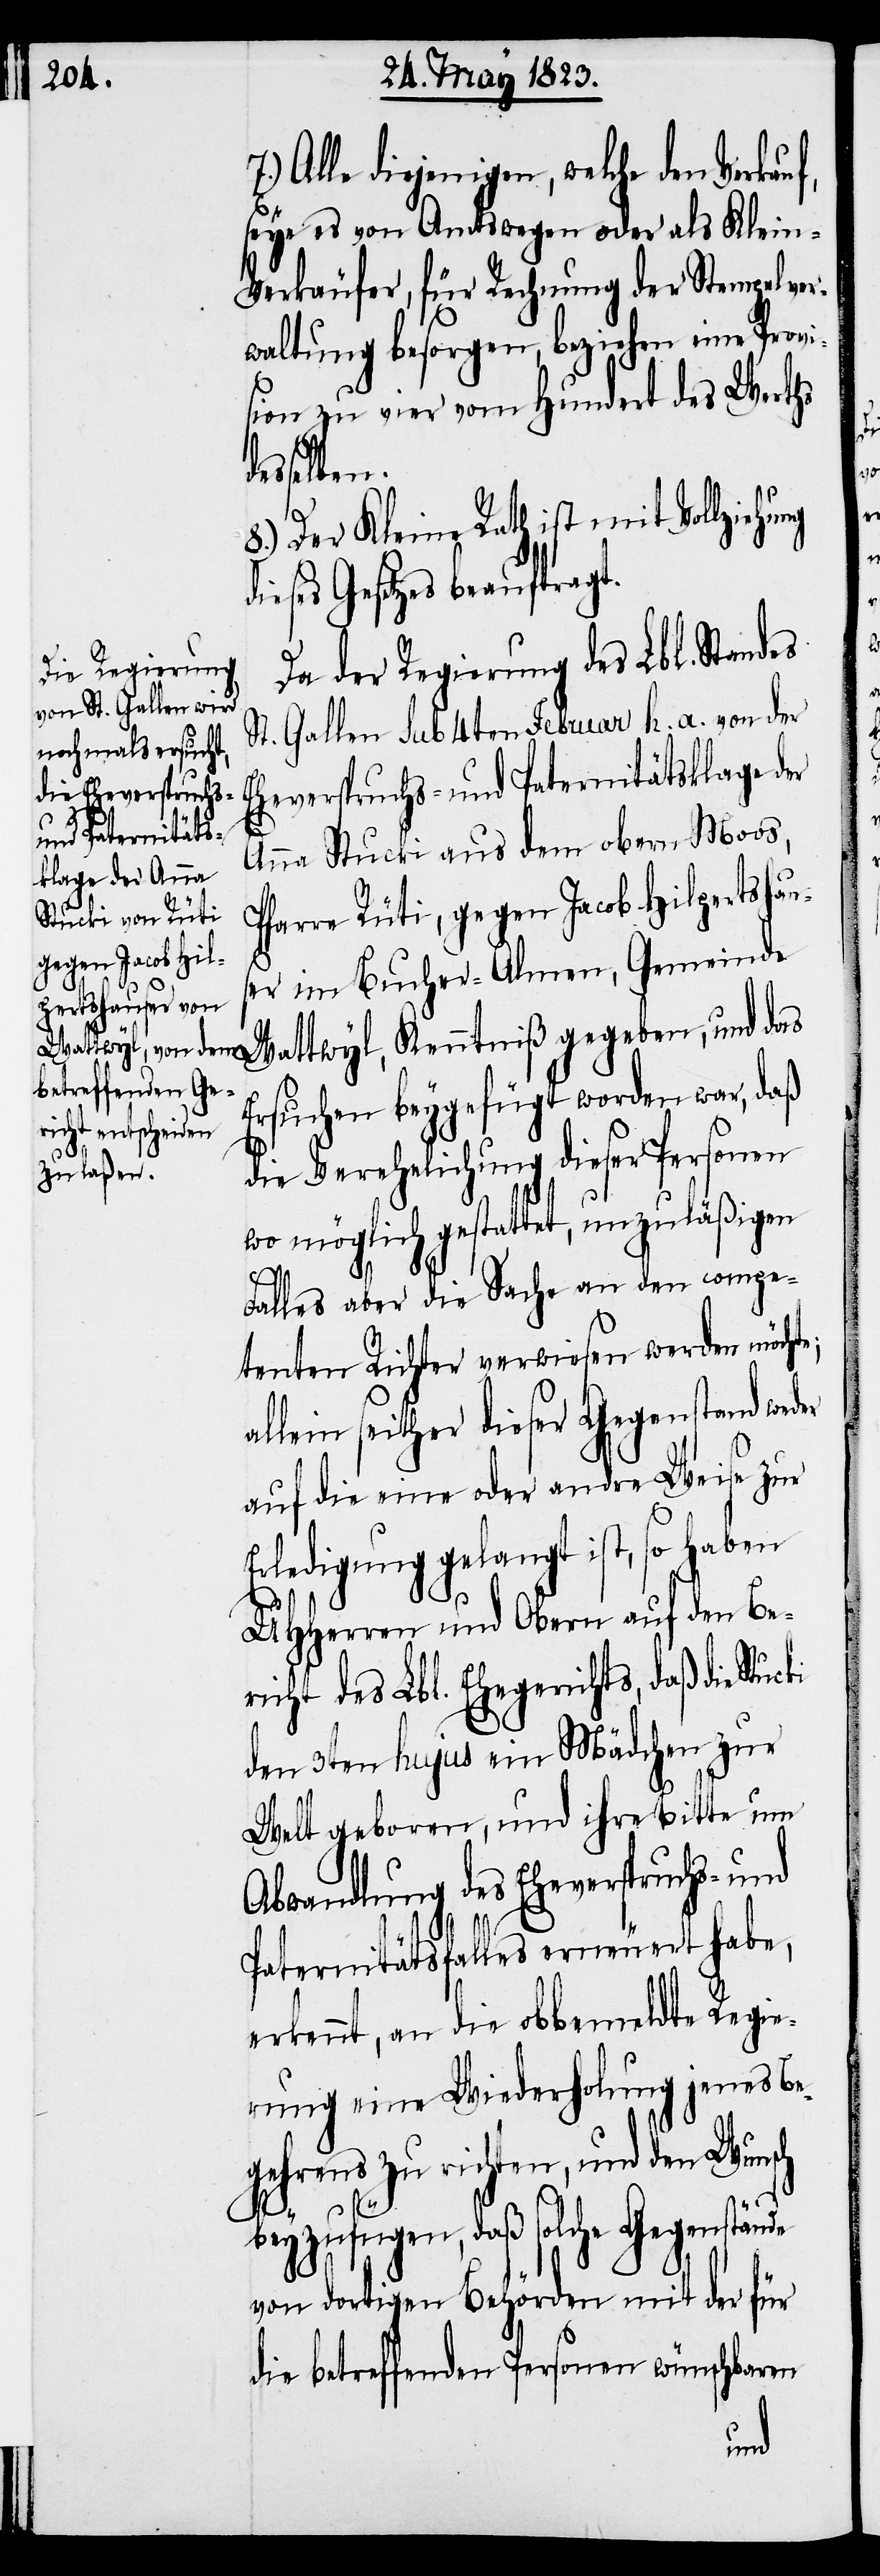
Alle diejenigen, welche den Verkauf,
seye es von Amtswegen oder als Klein-V¬
erkäufer, für Rechnung der Stempelver¬
waltung besorgen, beziehen eine Prov¬
sion zu vier vom Hundert des Werths
desselben.
8.) Der Kleine Rath ist mit Vollziehung
dieses Gesetzes beauftragt.
Da der Regierung des Lbl. Standes
St. Gallen sub 4ten Februar h. a. von der
Eheverspruchs- und Paternitätsklage der
Anna Stucki aus dem obern Moos,
Pfarre Rüti, gegen Jacob Hilpertshau¬
s¬
er im Bucher-Almen, Gemeinde
Wattwyl, Kenntniß gegeben, und das
Ersuchen beygefügt worden war, daß
die Verehelichung dieser Personen
wo möglich gestattet, unzuläßigen
Falles aber die Sache an den compe¬
tenten Richter verwiesen werden möchte;
allein seither dieser Gegenstand wed¬
auf die eine oder andre Weise zur
Erledigung gelangt ist, so haben
UHHerren und Obern auf den Be¬
richt des Lbl. Ehegerichts, daß die
den 3ten hujus ein Mädchen zur
Welt geboren, und ihre Bitte um
Abwandlung des Eheverspruchs- und
Paternitätsfalles erneuert habe,
erkennt, an die obbemeldte Regie¬
rung eine Wiederholung jenes Be¬
gehrens zu richten, und den Wunsch
beyzufügen, daß solche Gegenstände
von dortigen Behörden mit der für
die betreffenden Personen wünschbaren
er